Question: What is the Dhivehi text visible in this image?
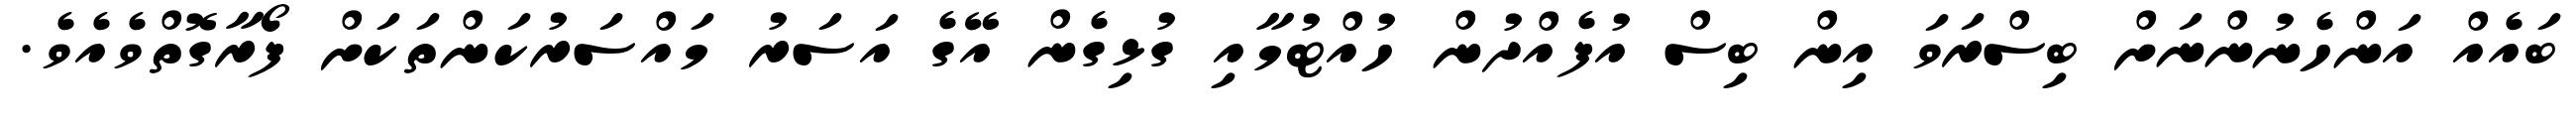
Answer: ބައެއް އަންހެނުންނަށް ބިސްރަވަ އިން ބިސް އުފެއްދުން ހުއްޓުމާއި ގުޅިގެން އޭގެ އަސަރު މައްސަރުކަންތަކަށް ފޯރާގޮތްވެއެވެ.